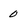
Character: 0